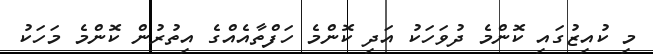
މި ކުއިޒުގައި ކޮންމެ ދުވަހަކު އަދި ކޮންމެ ހަފްތާއެއްގެ އިތުރުން ކޮންމެ މަހަކު